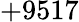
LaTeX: +9517